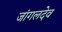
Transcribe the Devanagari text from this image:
जांगलदेव